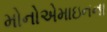
મોનોએમાઇનના